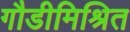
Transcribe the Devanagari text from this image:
गौडीमिश्रित